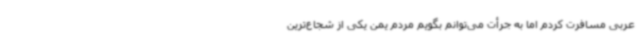
عربی مسافرت کردم اما به جرأت می‌توانم بگویم مردم یمن یکی از شجاع‌ترین